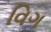
વિગ